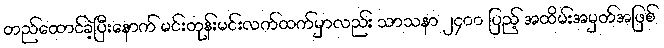
တည်ထောင်ခဲ့ပြီးနောက် မင်းတုန်းမင်းလက်ထက်မှာလည်း သာသနာ ၂၄၀၀ ပြည့် အထိမ်းအမှတ်အဖြစ်